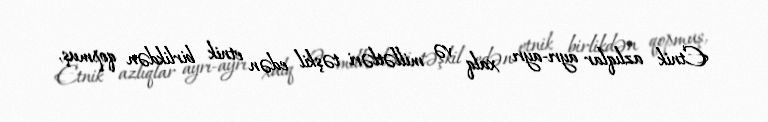
Etnik azlıqlar ayrı-ayrı xalq və millətləri təşkil edən etnik birlikdən qopmuş,